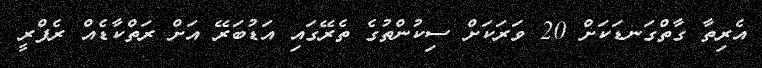
އެރިތާ ގާތްގަނޑަކަށް 20 ވަރަކަށް ސިކުންތުގެ ތެރޭގައި އަޑުބަރޭ އަށް ރަތްކާޑެއް ރެފްރީ